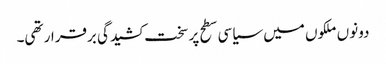
دونوں ملکوں میں سیاسی سطح پر سخت کشیدگی برقرار تھی۔